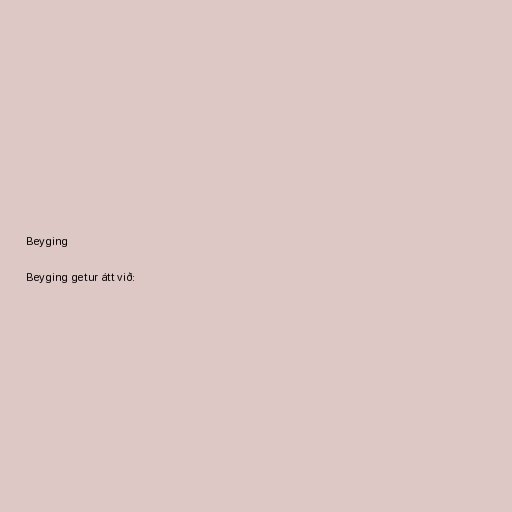
Beyging

Beyging getur átt við: